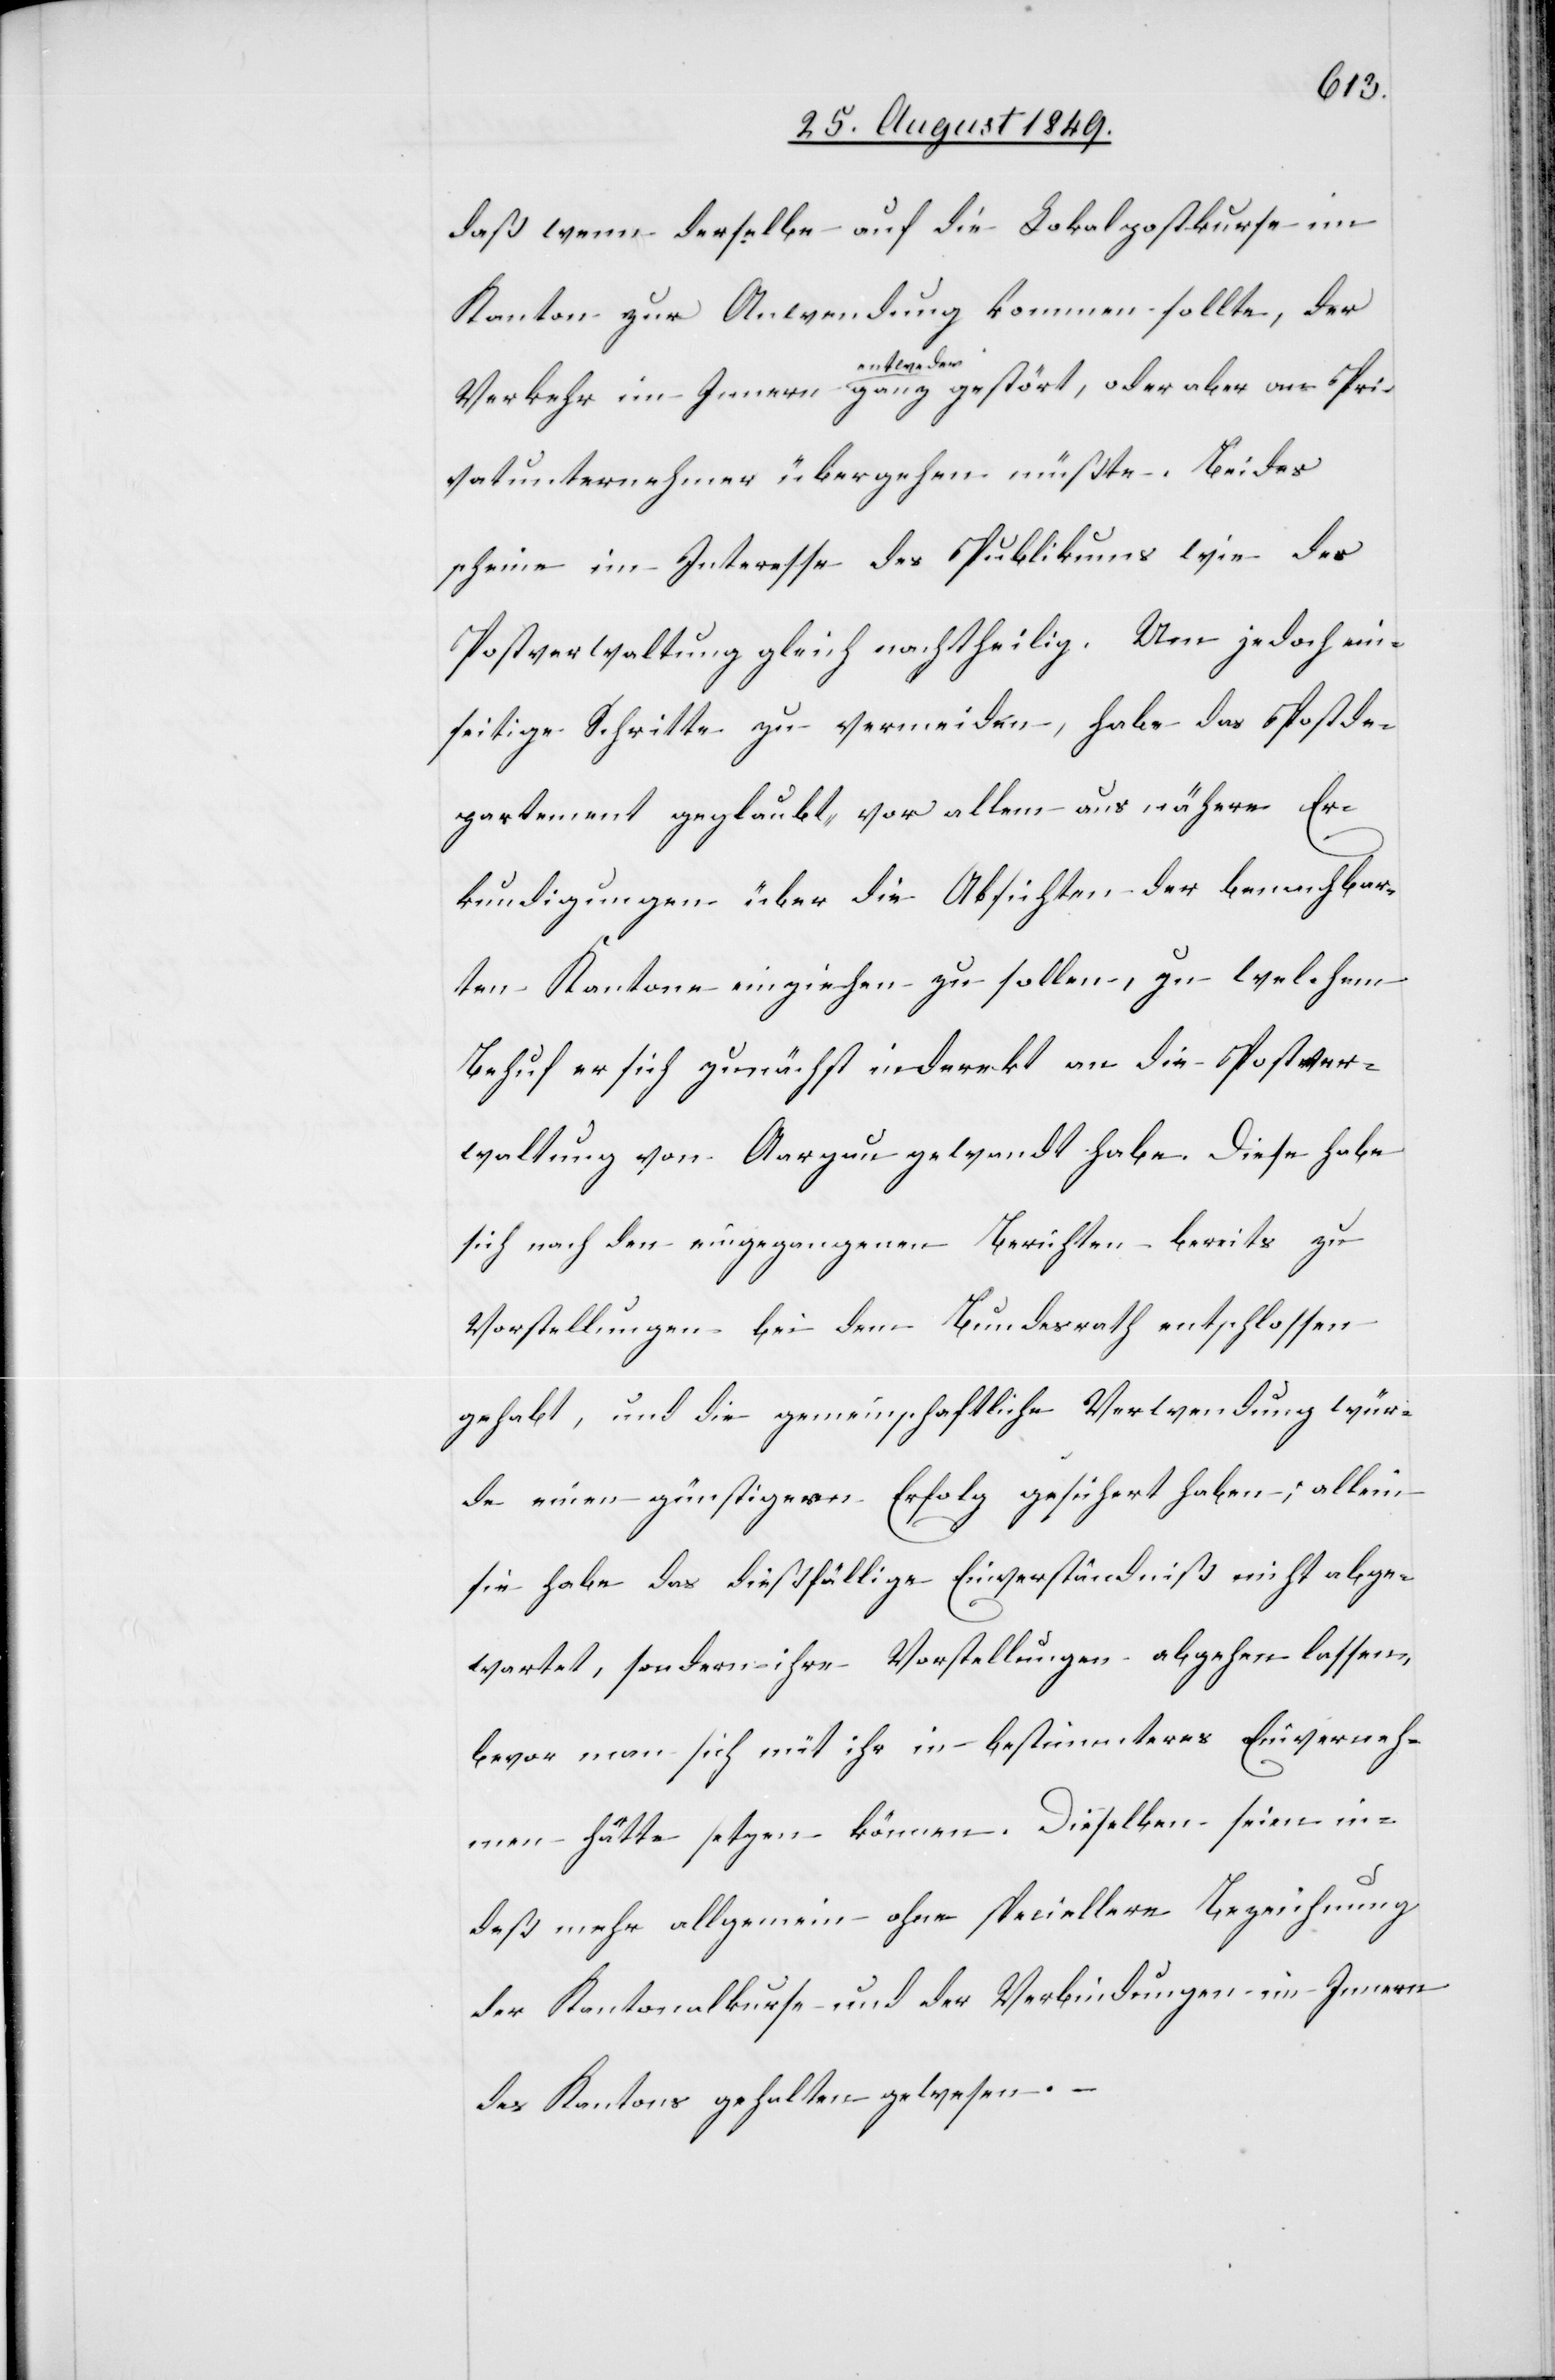
daß wenn derselbe auf die Lokalpostkurse im
Kanton zur Anwendung kommen sollte, der
an Pri¬
vatunternehmen übergehen müßten. Beides
scheine im Interesse des Publikums wie der
Postverwaltung gleich nachtheilig. Um jedoch ein¬
seitige Schritte zu vermeiden, habe das Postde¬
partement geglaubt, vor allem aus nähere Er¬
kundigungen über die Absichten der benachbar¬
ten Kantone einziehen zu sollen, zu welchem
Behuf er sich zunächst inderekt [sic!] an die Postver¬
waltung von Aargau gewandt habe. Diese habe
sich nach den eingegangenen Berichten bereits zu
Vorstellungen bei dem Bundesrath entschlossen
gehabt, und die gemeinschaftliche Verwendung wür¬
de einen günstigern Erfolg gesichert haben; allein
sie habe das dießfällige Einverständniß nicht abge¬
wartet, sondern ihre Vorstellungen abgehen lassen,
bevor man sich mit ihr in bestimmteres Einvernah¬
men hätte setzen können. Dieselben seien in¬
deß mehr allgemein ohne speciellere Bezeichnung
der Kantonalkurse und der Verbindungen im Innern
des Kantons gehalten gewesen.